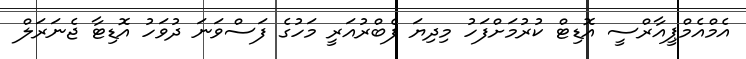
އެމްއެމްޕީއާރްސީ އޮޑިޓް ކުރުމަށްފަހު މިދިޔަ ފެބްރުއަރީ މަހުގެ ފަސްވަނަ ދުވަހު އޮޑިޓާ ޖެނަރަލް